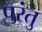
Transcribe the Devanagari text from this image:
परंतु